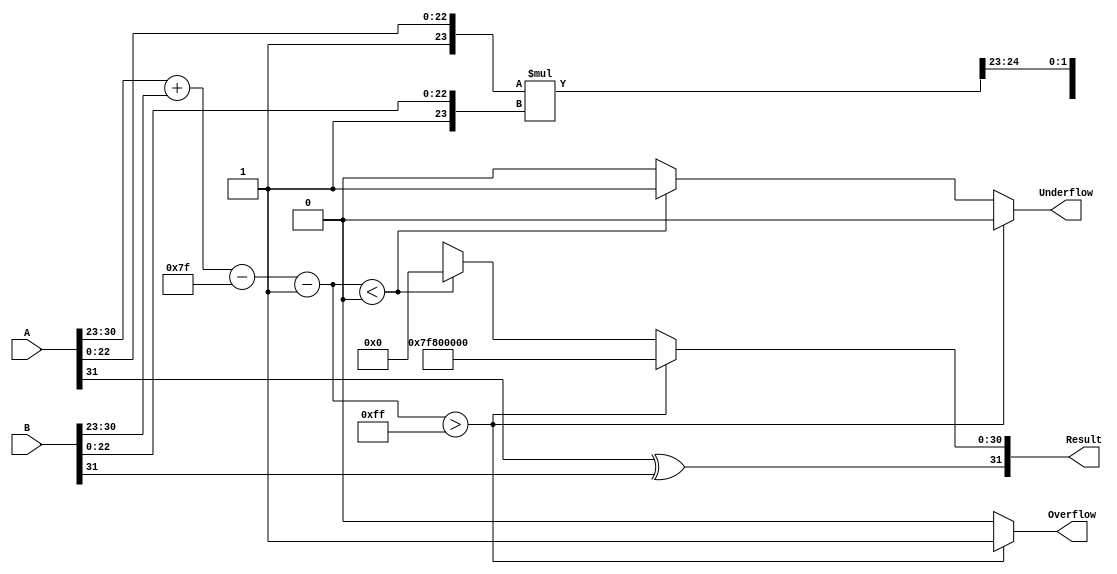
module floating_point_multiplier (
    input  wire [31:0] A,        // First floating-point number
    input  wire [31:0] B,        // Second floating-point number
    output reg  [31:0] Result,    // Result of the multiplication
    output reg         Overflow,   // Overflow flag
    output reg         Underflow    // Underflow flag
);

    // Constants
    localparam BIAS = 127;
    localparam EXPONENT_BITS = 8;
    localparam MANTISSA_BITS = 23;
    localparam MAX_EXPONENT = 255; // 2^8 - 1
    localparam MIN_EXPONENT = 0;   // 0

    // Internal signals
    wire signA, signB;
    wire [EXPONENT_BITS-1:0] expA, expB;
    wire [MANTISSA_BITS-1:0] mantA, mantB;
    wire [MANTISSA_BITS+1:0] mantA_norm, mantB_norm, mantProduct;
    reg [EXPONENT_BITS+1:0] expResult; // 9 bits for exponent
    reg signResult;

    // Extracting sign, exponent, and mantissa
    assign signA = A[31];
    assign signB = B[31];
    assign expA = A[30:23];
    assign expB = B[30:23];
    assign mantA = A[22:0];
    assign mantB = B[22:0];

    // Normalize mantissas (add implicit leading 1)
    assign mantA_norm = {1'b1, mantA}; // 24 bits
    assign mantB_norm = {1'b1, mantB}; // 24 bits

    // Multiply mantissas
    assign mantProduct = mantA_norm * mantB_norm; // 48 bits

    // Calculate the resultant exponent
    always @(*) begin
        // Calculate the exponent
        expResult = (expA + expB - BIAS);
        
        // Check for normalization
        if (mantProduct[47]) begin
            // If the product is greater than or equal to 2, normalize
            expResult = expResult + 1;
            Result[22:0] = mantProduct[46:24]; // Shift right
        end else begin
            // If the product is less than 1, normalize
            expResult = expResult - 1;
            Result[22:0] = mantProduct[45:23]; // Shift right
        end

        // Set the sign of the result
        signResult = signA ^ signB;

        // Handle overflow and underflow
        if (expResult > MAX_EXPONENT) begin
            Overflow = 1;
            Underflow = 0;
            Result = {signResult, 8'b11111111, 23'b0}; // Infinity
        end else if (expResult < MIN_EXPONENT) begin
            Overflow = 0;
            Underflow = 1;
            Result = {signResult, 8'b00000000, 23'b0}; // Zero
        end else begin
            Overflow = 0;
            Underflow = 0;
            Result = {signResult, expResult[7:0], Result[22:0]}; // Combine sign, exponent, and mantissa
        end
    end

endmodule